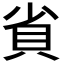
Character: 𮙷